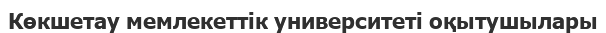
Көкшетау мемлекеттік университеті оқытушылары